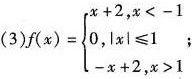
(3)$$f(x)= \left\{ \begin{matrix} x+2,x<-1 \\ 0,|x| \leqslant 1; \\ -x+2,x>1\end{matrix} \right.$$